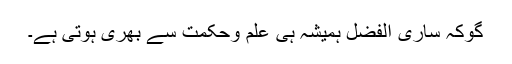
گوکہ ساری الفضل ہمیشہ ہی علم وحکمت سے بھری ہوتی ہے۔